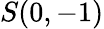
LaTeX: S(0,-1)